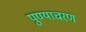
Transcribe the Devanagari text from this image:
पुण्याचरण